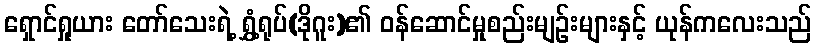
ရှောင်ရှုယား တော်သေးရဲ့ ရွှံ့ရုပ်(ဒိုဂူး)၏ ဝန်ဆောင်မှုစည်းမျဉ်းများနှင့် ယုန်ကလေးသည်